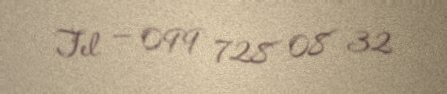
Tel — 099 728 08 32